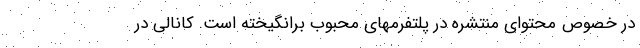
در خصوص محتوای منتشره در پلتفرمهای محبوب برانگیخته است. کانالی در